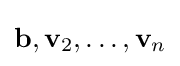
\mathbf {b} ,\mathbf {v} _{2},\ldots ,\mathbf {v} _{n}